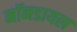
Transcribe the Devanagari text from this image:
मॉनडायल